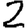
Digit: 2